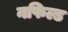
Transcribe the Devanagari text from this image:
नफिल्ड